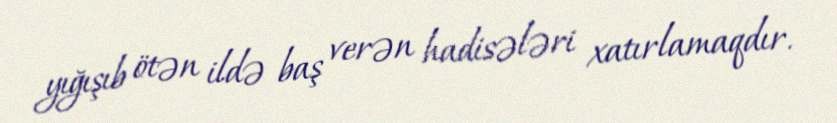
yığışıb ötən ildə baş verən hadisələri xatırlamaqdır.